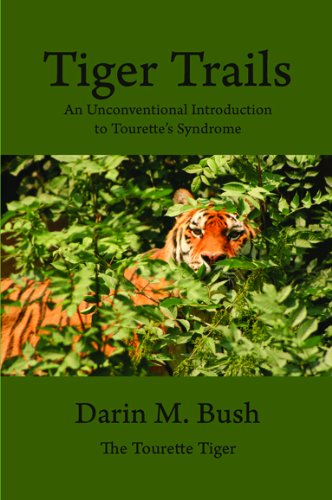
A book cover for Tiger Trails: An Unconventional Introduction to Tourette's Syndrome; Darin M. Bush; Health, Fitness & Dieting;